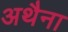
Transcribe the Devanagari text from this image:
अथैना